Vital statistics of India. Vol. IV, Annual returns from 1871 to 1876. British Army of India, Native Army and jails of Bengal
Year: 1871
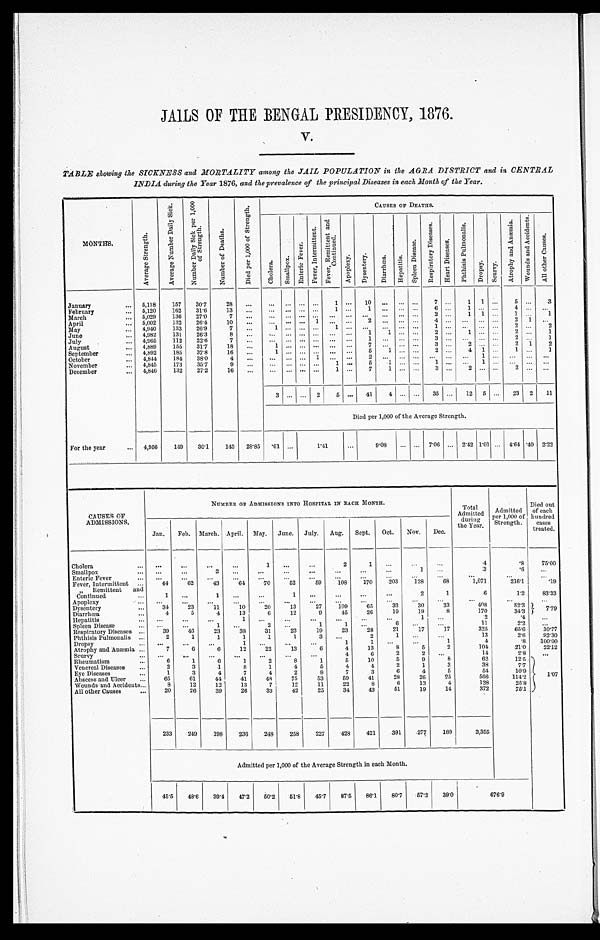
JAILS OF THE BENGAL PRESIDENCY, 1876.
V.
TABLE showing the SICKNESS and MORTALITY among the JAIL POPULATION in the AGRA DISTRICT and in CENTRAL
INDIA during the Year 1876, and the prevalence of the principal Diseases in each Month of the Year.
MONTHS.
A v e r a g e S t r e n g t h .
A v e r a g e N u m b e r D a i l y S i c k .
N u m b e r D a i l y S i c k p e r 1 , 0 0 0 o f S t r e n g t h .
N u m b e r o f D e a t h s .
D i e d p e r 1 , 0 0 0 o f S t r e n g t h .
CAUSES OF DEATHS.
C h o l e r a .
S m a l l p o x .
E n t e r i c F e v e r .
F e v e r , I n t e r m i t t e n t .
F e v e r , R e m i t t e n t a n d C o n t i n u e d .
A p o p l e x y .
D y s e n t e r y . D i a r r h œ a .
H e p a t i t i s .
S p l e e n D i s e a s e .
R e s p i r a t o r y D i s e a s e s .
H e a r t D i s e a s e s .
P h t h i s i s P u l m o n a l i s .
D r o p s y .
S c u r c y .
A t r o p h y a n d A n æ m i a .
W o u n d s a n d A c c i d e n t s .
A l l o t h e r C a u s e s .
January
5,118
157 30.7
28
. . . ... ... ... ...
1
. . . 10
. . .
. . . . . . 7
. . . 1 1 ...
5 ...
3
February
5,120
162 31.6
13 ...
... ... ... ...
1 . . .
1 . . .
. . . . . .
6 . . .
1 . . . . . .
4 . . .
. . .
March
5,029
136 27.0
7
... ... ... ... ... ... ... ... ... ... ...
3
. . . 1 1 ...
1 . . . 1
April
5,002
132 26.4
10 ...
... ... ... 1 ...
. . . 2 . . .
. . . . . .
4 . . .
. . . . . . . . . 2
1 ...
May
4,940
133 26.9
7 ...
1 ... . . . . . .
1 . . .
. . . . . . ... ...
1
. . .
. . . . . . . . . 2
. . . 2
June
4,982
131 26.3
8
... ...
... . . . . . .
. . . . . . 1
1 ... ...
2
. . . 1 . . . . . . 2
. . . 1
July
4,965
112 22.6
7
... ...
... . . . . . .
. . . . . .
1
. . . . . . . . .
3 ...
. . . ... ...
2 . . .
1
August
4,889
155 31.7
18
. . .
1
... . . . . . .
. . . . . .
7
. . . . . . . . .
3 . . . 2
. . . . . . 2
1 2
September
4,892
185 37.8
16 ... 1
... . . . . . .
. . . . . .
5
1 . . . . . .
2 . . . 4 1 . . .
1 . . . 1
October
4,844
184 38.0
4
... ...
... . . . 1
. . . . . .
2
. . . . . . . . .
. . . . . .
. . . 1 . . .
. . . ...
. . .
November
4,845
173 35.7
9
... ... ... ... ...
1 . . .
5
1 . . . . . .
1 . . .
. . . 1 . . .
. . . . . . ...
December
4,846
132 27.2
1 6 ... ...
... . . . . . .
1 ...
7
1 ...
. . .
3
. . .
2 . . . . . .
2
. . . ...
3 ... ... 2
5 ... 41
4 ... ... 35 ... 12 5 ... 23 2 11
Died per 1,000 of the Average Strength.
For the year
4,956
149 30.1 143 28.85 . 61 ...
1 . 4 1
...
9. 08
... ...
7 . 0 6 ... 2.42 1.01 ... 4.64 .40 2.22
CAUSES OF
ADMISSIONS.
NUMBER OF ADMISSIONS INTO HOSPITAL IN EACH MONTH.
Total
Admi t t ed dur i ng t he Year . Admitted
per 1,000 of
Strength.
Died out
of each
hundred
cases
treated.
Jan. Feb. March. April. May. June. July. Aug. Sept. Oct. Nov. Dec.
Cholera
. . . . . .
...
...
1
. . .
...
2
1
. . .
...
...
4
.8
75.00
Smallpox
. . . ...
2
. . . . . .
...
...
...
...
...
1
. . .
3
.6
. . .
Enteric Fever
. . . ...
...
...
...
. . .
...
...
. . .
. . .
. . .
. . .
. . .
. . .
. . .
Fever, Intermittent
Remittent and
Continued
44
1
62
...
43
1
64
...
70
...
52
1
59
...
108
...
170
....
203
...
128
2
68
1
1,071
6
216.1
1.2
.19
83.33
Apoplexy
. . .
. . . ...
. . .
. . .
. . .
. . . ...
. . .
. . .
. . .
. . .
...
. . .
. . .
Dysentery
34
23
11
10
20
13
27
109
65
33
30
33
408
82.3
7 . 7 9
D i a r r h œ a
4
5
4
13
6
12
9
45
26
19
19
8
170
34.3
Hepatitis
. . . ...
...
1 ...
...
...
...
...
. . .
1
. . .
2
.4
. . .
Spleen Disease
. . . ...
1
. . . 2
. . .
1
1
. . .
6
. . . ...
11
2.2
. . .
Respiratory Diseases
39
46
23
38
31
23
19
23
28
21
17
17
325
65.6 10.77
Phthisis Pulmonalis
2
1
1
1
1
1
3
. . .
2
1 ...
. . .
13
2.6 92.30
Dropsy
...
...
...
1 ...
...
...
1
1
...
...
1
4
.8 100.00
Atrophy and Anæmia
7
6
6
12
22
13
6
4
13
8
5
2
104
21.0 22.12
Scurvy
. . . ...
...
...
...
...
..
4
6
2
2
. . .
14
2.8
. . .
Rheumatism
6
1
6
1
2
8
1
5
10
5
9
8
62
12.5
1. 07
Venereal Diseases
2
3
1
8
1
4
5
4
4
2
1
3
38
7.7
Eye Diseases
1
3
4
7
4
2
8
7
3
6
4
5
54
10.9
Abscess and Ulcer
65
61
44
41
48
75
53
59
41
28
26
25
566
114.2
Wounds and Accidents
8
12
12
13
7
12
11
22
8
6
13
4
128
25.8
All other Causes
20
26
39
26
33
42
25
34
43
51
19
14
372
75.1
233 249
198
236 248
258
227
428
421
391
277 189
3,355
Admitted per 1,000 of the Average Strength in each Month.
45.5 48.6 39.4 47.2 50.2 51.8 45.7 87.5 86.1 80.7 57.2 39.0
6 7 6 . 9